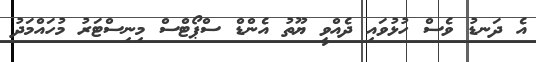
އެ ދަނޑު ވެސް ހުޅުވައި ދެއްވީ ޔޫތު އެންޑް ސްޕޯޓްސް މިނިސްޓަރު މުހައްމަދު